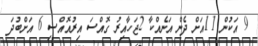
9 އަކުން 11އަށް ދެން އަނެއްކާ 2ޖަހާއިރު ގޮއްސަ އިރުއޮއްސި 6 އަށްބުދަ